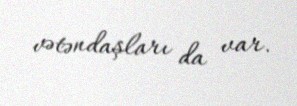
vətəndaşları da var.